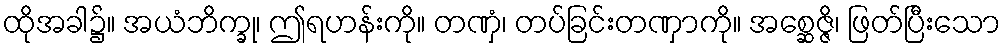
ထိုအခါ၌။ အယံဘိက္ခု၊ ဤရဟန်းကို။ တဏှံ၊ တပ်ခြင်းတဏှာကို။ အစ္ဆေဇ္ဇိ၊ ဖြတ်ပြီးသော